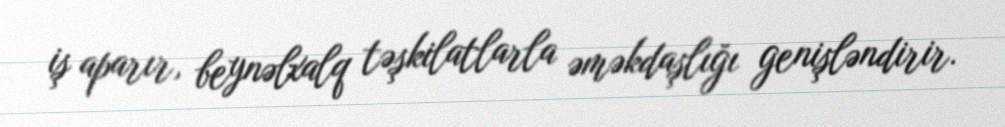
iş aparır, beynəlxalq təşkilatlarla əməkdaşlığı genişləndirir.